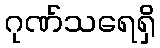
ဂုဏ်သရေရှိ